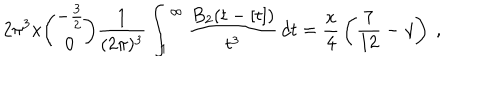
LaTeX: 2 \pi ^ { 3 } x { \binom { - { \frac { 3 } { 2 } } } { 0 } } { \frac { 1 } { ( 2 \pi ) ^ { 3 } } } \int _ { 1 } ^ { \infty } { \frac { B _ { 2 } ( t - [ t ] ) } { t ^ { 3 } } } \, d t = { \frac { x } { 4 } } \left( { \frac { 7 } { 1 2 } } - \gamma \right) \ ,